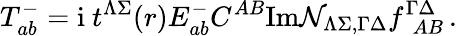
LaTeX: T_{ab}^{-}=\mathrm{i}\ t^{\Lambda\Sigma}(r)E_{ab}^{-}C^{AB}\mathrm{Im}{\cal N}_{\Lambda\Sigma,\Gamma\Delta}f_{~~AB}^{\Gamma\Delta}\, .